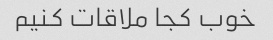
خوب کجا ملاقات کنیم